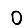
Digit: 0